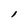
Character: l